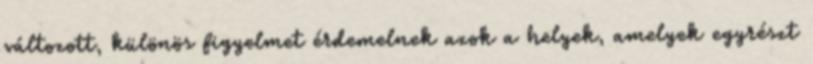
változott, különös figyelmet érdemelnek azok a helyek, amelyek egyrészt